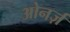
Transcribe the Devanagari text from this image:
ओनर्ज़